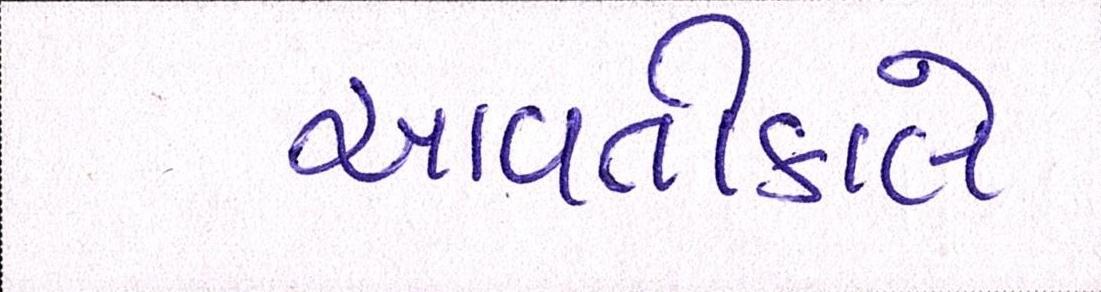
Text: આવતીકાલે